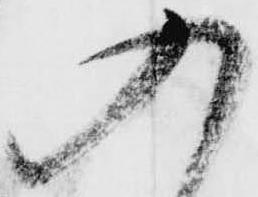
入